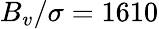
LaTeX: B_{v}/\sigma=1610